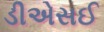
ડીએસઈ